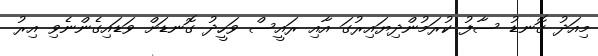
މިއަދު ގޮނޑު ސާފު ކުރަމުންދިޔައިރުގަ އާއި ރައީސް ވަހީދު ގޮނޑަށް ވަޑައިގެންނެވި އިރު